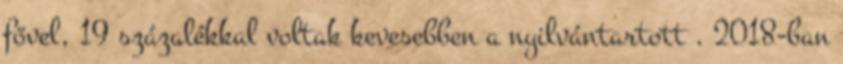
fővel, 19 százalékkal voltak kevesebben a nyilvántartott . 2018-ban